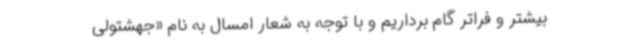
بیشتر و فراتر گام برداریم و با توجه به شعار امسال به نام «جهشتولی